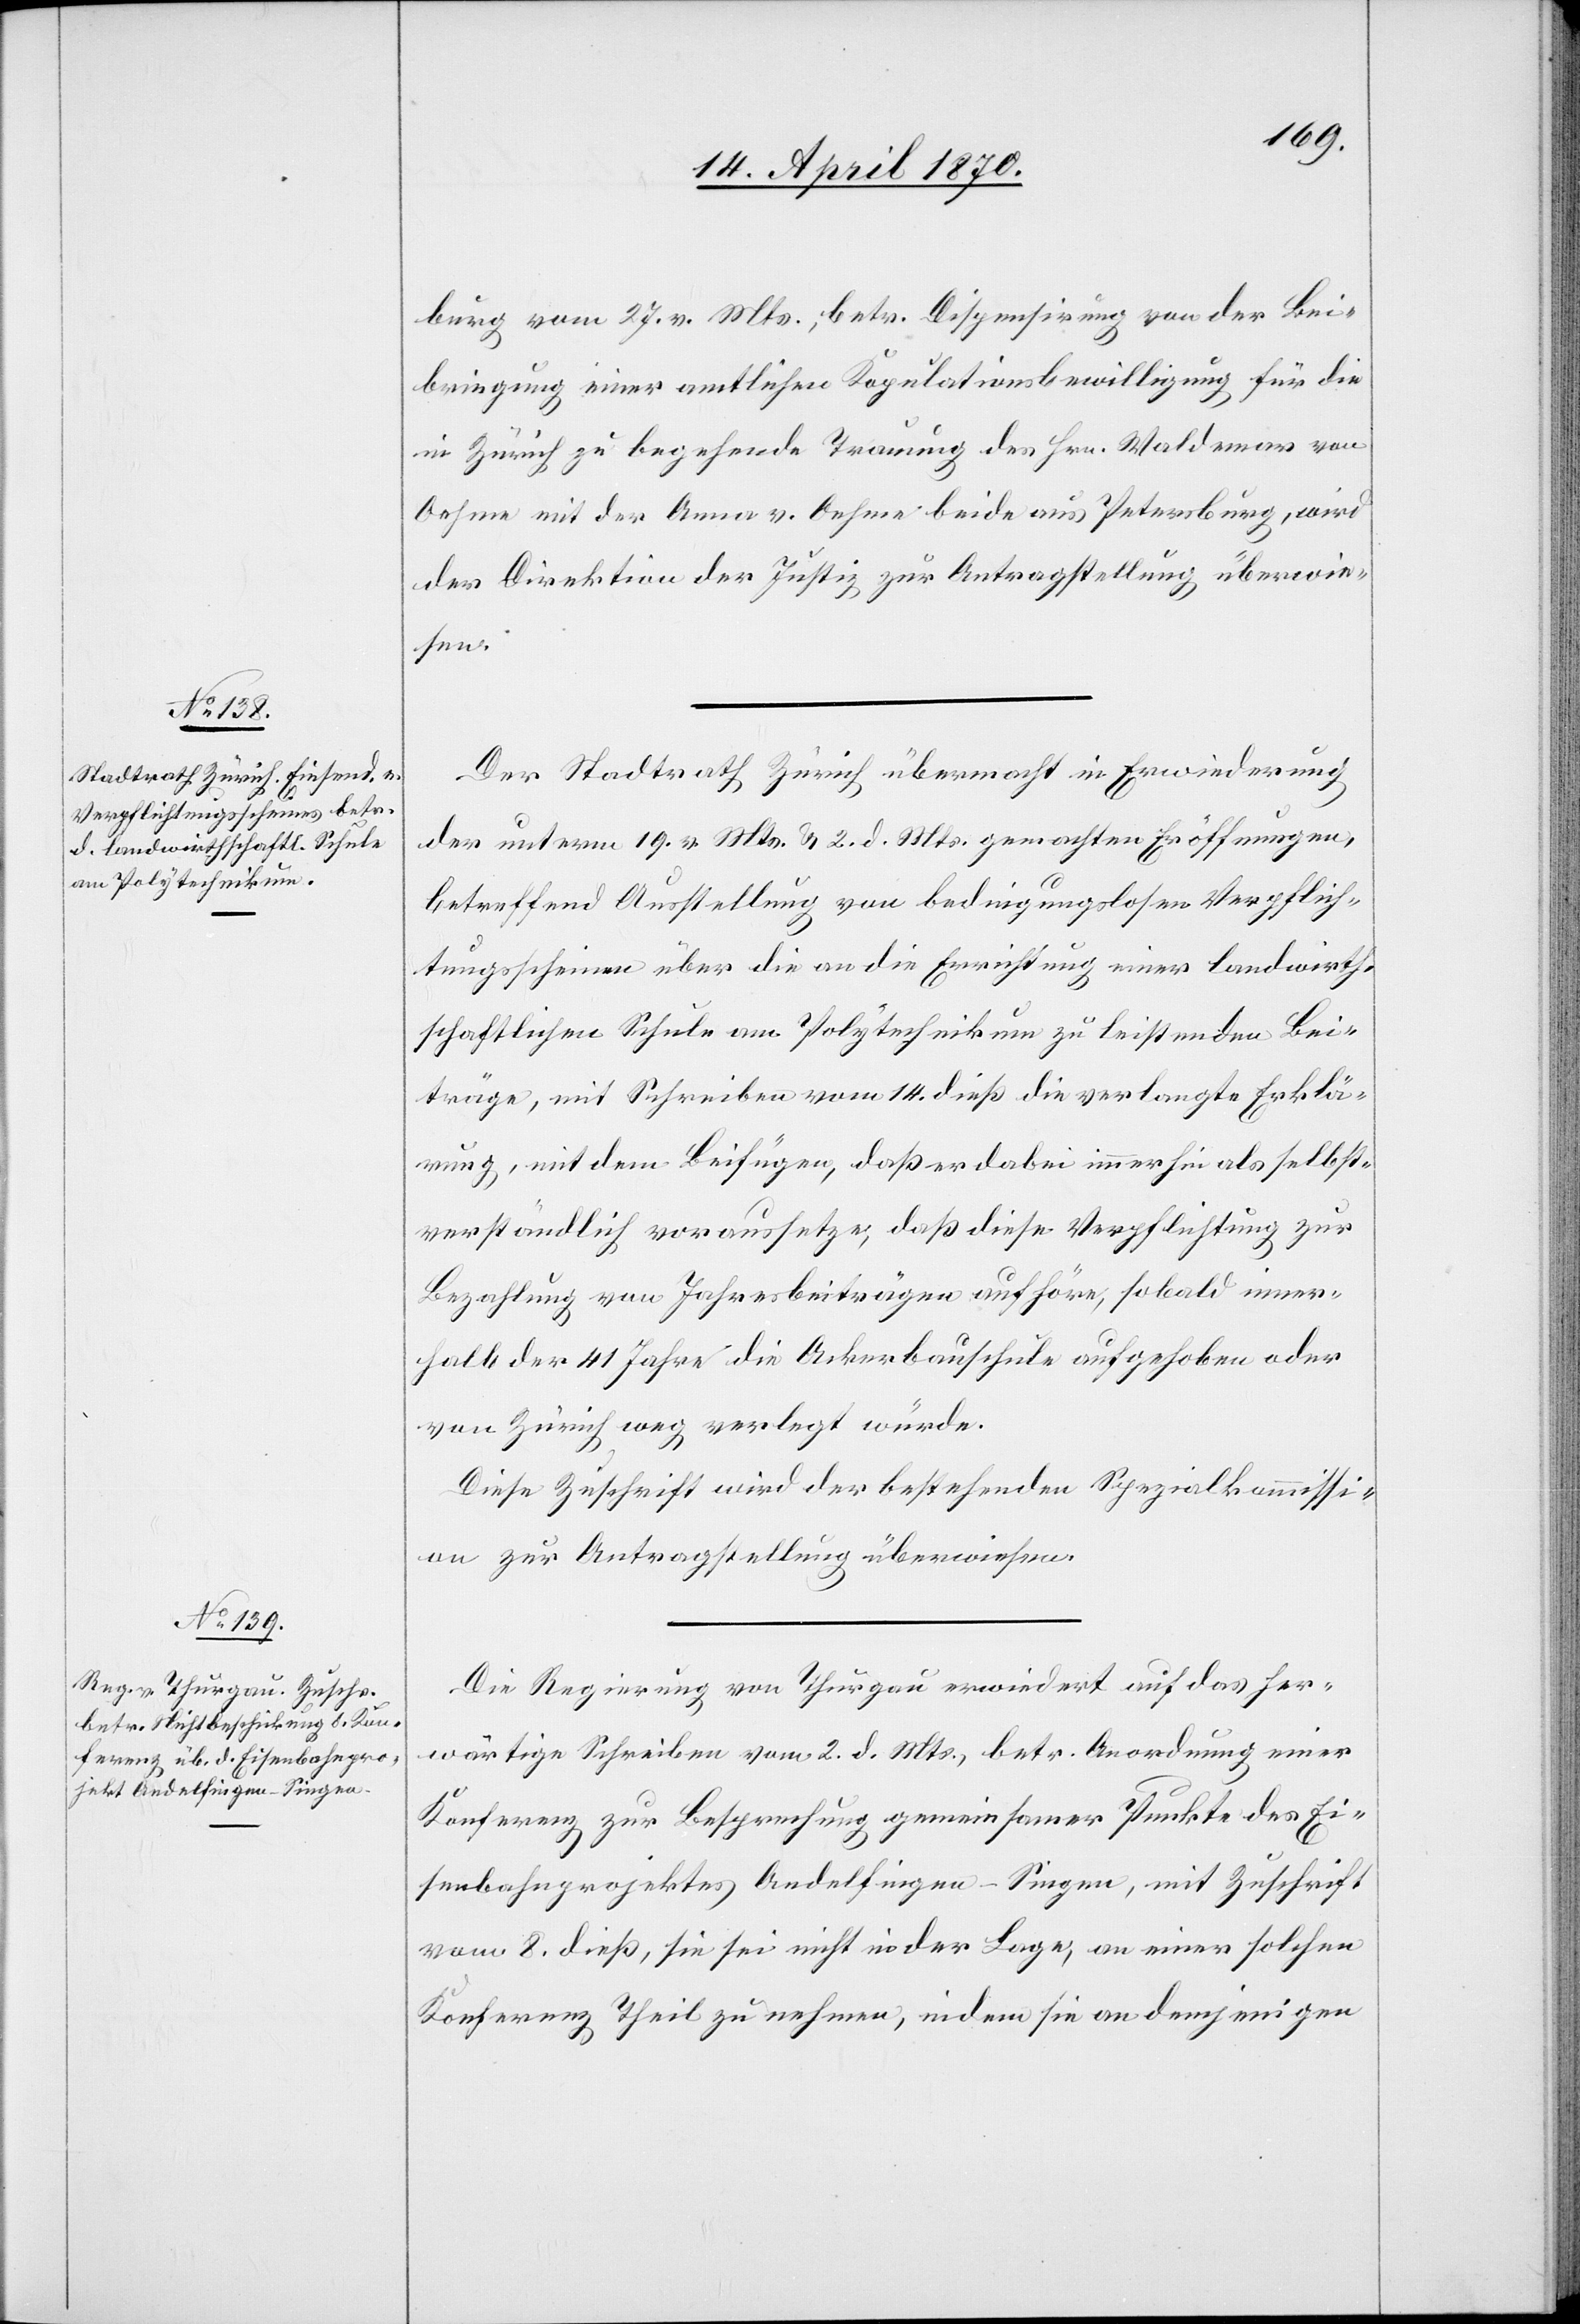
16. April 1870.]
burg vom 27. v. Mts., betr. Dispensirung von der Bei¬
bringung einer amtlichen Kopulationsbewilligung für die
in Zürich zu begehende Trauung des Hrn. Waldemar von
Oehme mit der Anna v. Oehme[,] beide aus Petersburg, wird
der Direktion der Justiz zur Antragstellung überwie¬
sen.
Der Stadtrath Zürich übermacht in Erwiederung
der unterm 19. v. Mts. & 2. d. Mts. gemachten Eröffnungen,
betreffend Ausstellung von bedingungslosen Verpflich¬
tungsscheinen über die an die Errichtung einer landwirth¬
schaftlichen Schule am Polytechnikum zu leistenden Bei¬
träge, mit Schreiben vom 14. dieß die verlangte Erklä¬
rung, mit dem Beifügen, daß er dabei immerhin als selbst¬
verständlich voraussetze, daß diese Verpflichtung zur
Bezahlung von Jahresbeiträgen aufhöre, sobald inner¬
halb der 41 Jahre die Ackerbauschule aufgehoben oder
von Zürich weg verlegt würde.
Diese Zuschrift wird der bestehenden Spezialkommissi¬
on zur Antragstellung überwiesen.
Die Regierung von Thurgau erwiedert auf das her¬
wärtige Schreiben vom 2. d. Mts., betr. Anordnung einer
Konferenz zur Besprechung gemeinsamer Punkte des Ei¬
senbahnprojektes Andelfingen–Singen, mit Zuschrift
vom 8. dieß, sie sei nicht in der Lage, an einer solchen
Konferenz theilzunehmen, indem sie an demjenigen